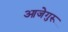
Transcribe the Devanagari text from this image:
आजेगुरू